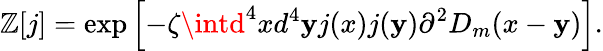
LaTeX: {\cal\mathbb{Z}}[j]=\exp\left[-\zeta\intd^{4}xd^{4}\mathbf{y}j(x)j(\mathbf{y})\partial^{2}D_{m}(x-\mathbf{y})\right].